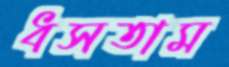
ধসতাম